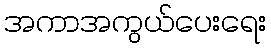
အကာအကွယ်ပေးရေး